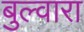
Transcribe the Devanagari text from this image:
बुल्वारा